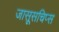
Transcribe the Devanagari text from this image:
जासूसचिप्स